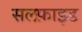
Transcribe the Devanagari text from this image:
सलफ़ाइड